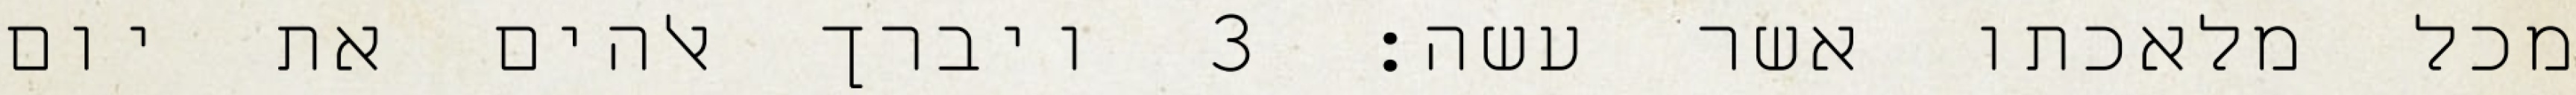
מכל מלאכתו אשר עשה׃ ‎3‏ ויברך אלהים את יום